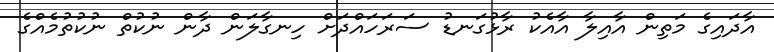
އާދައިގެ މަތިން އާއިލާ އާއެކު ރާޅުގަނޑު ސަރަހައްދަށް ހިނގާލަން ދާން ނުކުތް ނުކުތުމެއްގެ